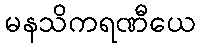
မနသိကရဏီယေ